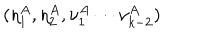
( \eta _ { 1 } ^ { A } , \eta _ { 2 } ^ { A } , \nu _ { 1 } ^ { A } \cdots \nu _ { k - 2 } ^ { A } )